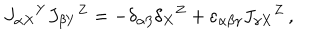
LaTeX: J _ { \alpha X } { } ^ { Y } J _ { \beta Y } { } ^ { Z } = - \delta _ { \alpha \beta } \delta _ { X } { } ^ { Z } + \varepsilon _ { \alpha \beta \gamma } J _ { \gamma X } { } ^ { Z } \, ,